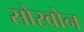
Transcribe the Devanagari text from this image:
सोरवोन